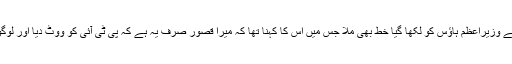
شہری کے پاس سے وزیراعظم ہاؤس کو لکھا گیا خط بھی ملا جس میں اس کا کہنا تھا کہ میرا قصور صرف یہ ہے کہ پی ٹی آئی کو ووٹ دیا اور لوگوں سے بھی مانگا۔